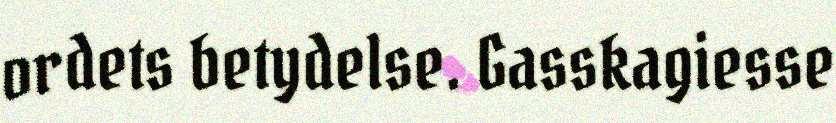
ordets betydelse. Gasskagiesse